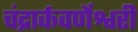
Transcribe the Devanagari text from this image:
चंद्रार्कवर्णेश्वरी